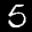
Label: 5